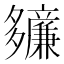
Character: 𫯙